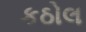
કઠોલ